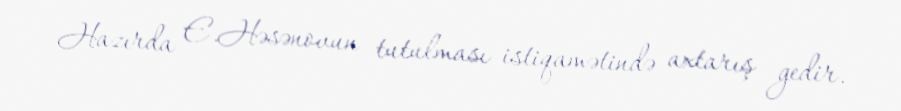
Hazırda E.Həsənovun tutulması istiqamətində axtarış gedir.